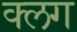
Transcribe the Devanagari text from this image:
क्लग